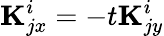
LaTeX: {\mathbf K}_{jx}^{i}=-t{\mathbf K}_{jy}^{i}